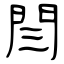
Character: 閆